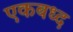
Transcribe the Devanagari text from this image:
एकबध्द